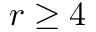
r \geq 4